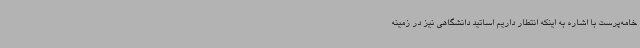
خامه‌پرست با اشاره به اینکه انتطار داریم اساتید دانشگاهی نیز در زمینه